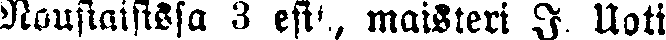
Nousiaisissa 3 esit., maisteri I. Uoti